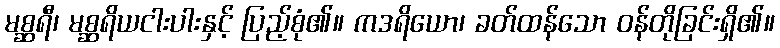
မစ္ဆရီ၊ မစ္ဆရိယငါးပါးနှင့် ပြည့်စုံ၏။ ကဒရိယော၊ ခတ်ထန်သော ဝန်တိုခြင်းရှိ၏။